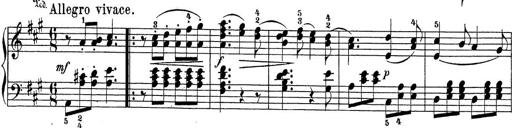
Title: Sonatina Album
Composer: Louis KÃ¶hler